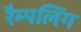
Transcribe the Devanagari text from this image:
रैम्पलिंग